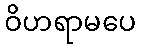
ဝိဟရာမပေ